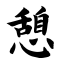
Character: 憩